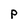
Character: P